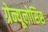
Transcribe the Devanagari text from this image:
ग्रेन्यूलोसिस